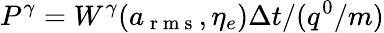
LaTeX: P^{\gamma}=W^{\gamma}(a_{\mathrm{~r~m~s~}},\eta_{e})\Delta t/(q^{0}/m)